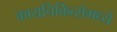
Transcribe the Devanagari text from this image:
कायचिकित्सेमध्ये